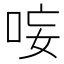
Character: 𭇭